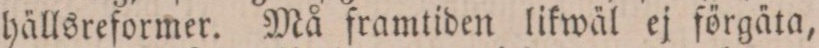
hällsreformer. Må framtiden likwäl ej förgäta,